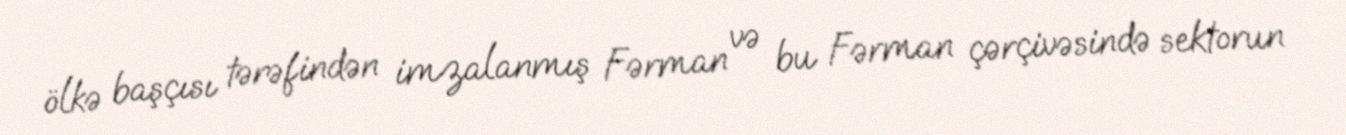
ölkə başçısı tərəfindən imzalanmış Fərman və bu Fərman çərçivəsində sektorun